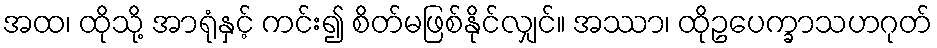
အထ၊ ထိုသို့ အာရုံနှင့် ကင်း၍ စိတ်မဖြစ်နိုင်လျှင်။ အဿာ၊ ထိုဥပေက္ခာသဟဂုတ်